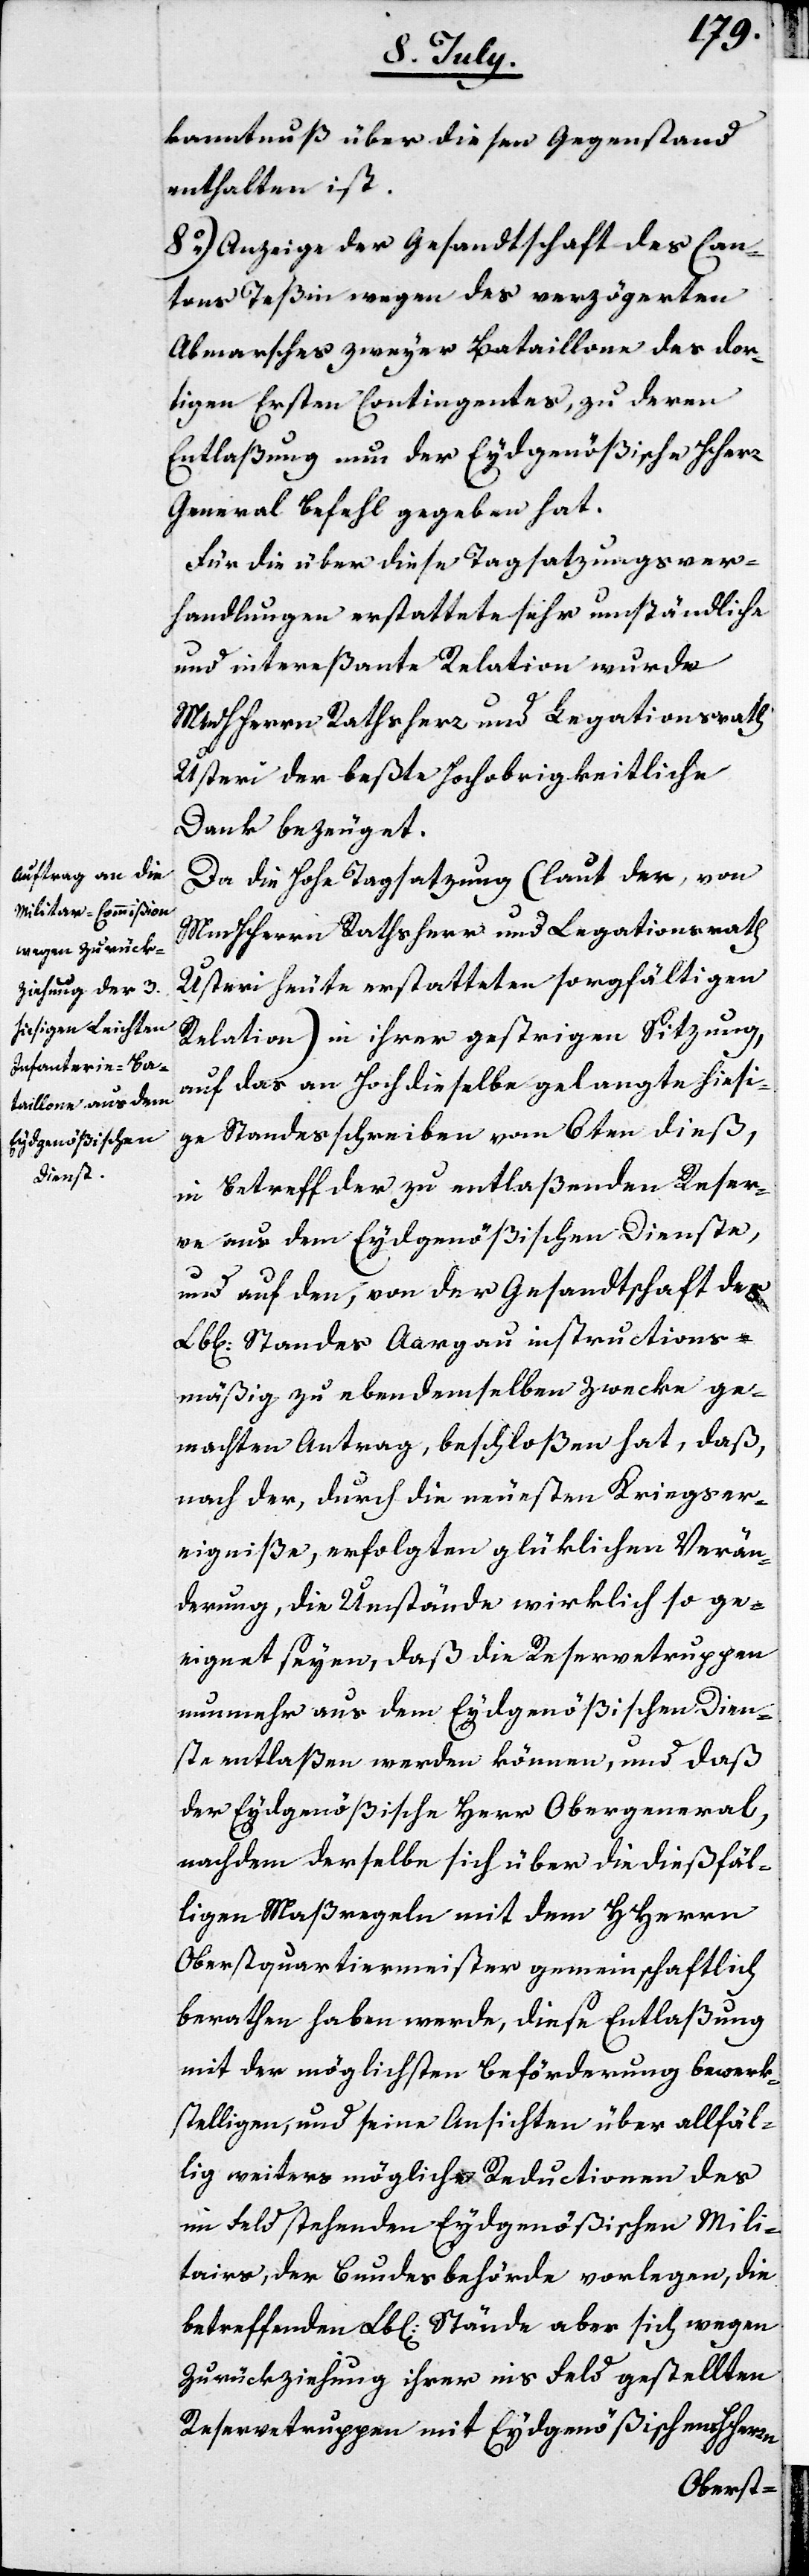
kanntnuß über diesen Gegenstand
enthalten ist.
8.) Anzeige der Gesandtschaft des Can¬
tons Teßin wegen des verzögerten
Abmarsches zweyer Bataillone des dor¬
tigen Ersten Contingentes, zu deren
Entlaßung nun der Eydgenößische HHerr
General Befehl gegeben hat.
Für die über diese Tagsatzungsver¬
handlungen erstattete sehr umständliche
und intereßante Relation wurde
MHHerrn Rathsherr und Legationsrath
Usteri der beßte Hochobrigkeitliche
Dank bezeuget.
Da die Hohe Tagsatzung (laut der, von
MmHHerrn Rathsherr und Legationsrath
Usteri heute erstatteten sorgfältigen
Relation) in ihrer gestrigen Sitzung,
auf das an Hochdieselbe gelangte hießi¬
ge Standesschreiben vom 6ten dieß,
in Betreff der zu entlaßenden Reser¬
ve aus dem Eydgenößischen Dienste,
und auf den, von der Gesandtschaft des
Lbl. Standes Aargau instructions¬
mäßig zu ebendemselben Zwecke ge¬
machten Antrag, beschloßen hat, daß,
nach der, durch die neuesten Kriegser¬
eigniße, erfolgten glüklichen Verän¬
derung, die Umstände wirklich so ge¬
eignet seyen, daß die Reservetruppen
nunmehr aus dem Eydgenößischen Dien¬
ste entlaßen werden können, und daß
der Eydgenößische Herr Obergeneral,
nachdem derselbe sich über die dießfäl¬
ligen Maßregeln mit dem HHerrn
Oberstquartiermeister gemeinschaftlich
berathen haben werde, diese Entlaßung
mit der möglichsten Beförderung bewerk¬
stelligen, und seine Ansichten über allfäl¬
lig weiters mögliche Reductionen des
im Feld stehenden Eydgenößischen Mili¬
tairs, der Bundesbehörde vorlegen, die
betreffenden Lbl. Stände aber sich wegen
Zurückziehung ihrer ins Feld gestellten
Reservetruppen mit Eydgenößischem HHerrn